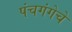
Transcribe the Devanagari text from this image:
पंचगंगेचे